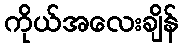
ကိုယ်အလေးချိန်